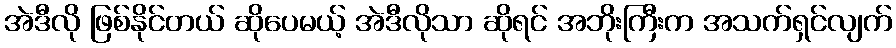
အဲဒီလို ဖြစ်နိုင်တယ် ဆိုပေမယ့် အဲဒီလိုသာ ဆိုရင် အဘိုးကြီးက အသက်ရှင်လျက်